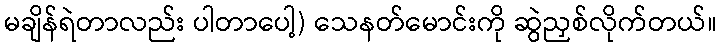
မချိန်ရဲတာလည်း ပါတာပေါ့) သေနတ်မောင်းကို ဆွဲညှစ်လိုက်တယ်။